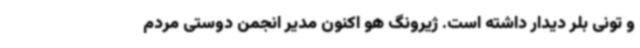
و تونی بلر دیدار داشته است. ژیرونگ هو اکنون مدیر انجمن دوستی مردم